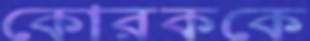
কোরককে